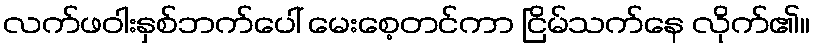
လက်ဖဝါးနှစ်ဘက်ပေါ် မေးစေ့တင်ကာ ငြိမ်သက်နေ လိုက်၏။